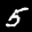
Label: 5